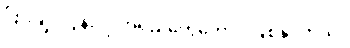
ပြားချပ်လွန်းလို့ အရည်တွေတောင် ဖြစ်နိုင်တယ်။